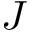
J